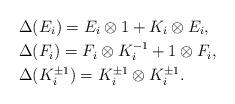
LaTeX: \begin{align*}&\Delta(E_i)=E_i\otimes 1+ K_i \otimes E_i, \\&\Delta(F_i)=F_i\otimes K_i^{-1}+1\otimes F_i,\\&\Delta(K_i^{\pm 1})=K_i^{\pm 1} \otimes K_i^{\pm 1}.\end{align*}